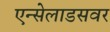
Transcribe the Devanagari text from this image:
एन्सेलाडसवर